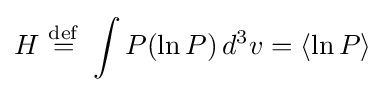
\displaystyle H\ {\stackrel {\mathrm {def} }{=}}\ \int {P({\ln P})\,d^{3}v}=\left\langle \ln P\right\rangle